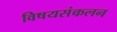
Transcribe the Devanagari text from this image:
विषयसंकलन